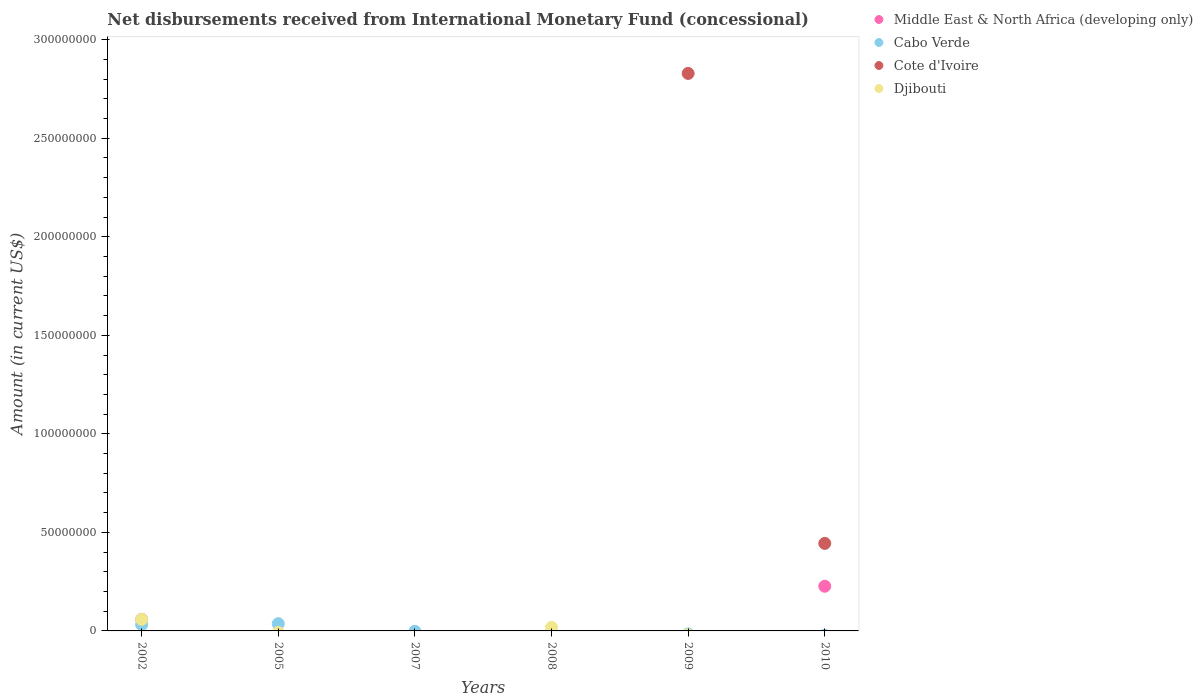
| Years | Middle East & North Africa (developing only) | Cabo Verde | Cote d'Ivoire | Djibouti |
 | --- | --- | --- | --- | --- |
 | 2002 | 5.88e+06 | 3.18e+06 | -1.06e+07 | 5.88e+06 |
 | 2005 | -4.51e+07 | 3.68e+06 | -9.11e+07 | -8.05e+05 |
 | 2007 | -7.59e+07 | -1.88e+05 | -4.69e+07 | -2.78e+06 |
 | 2008 | -5.98e+07 | -7.78e+05 | -4.45e+07 | 1.8e+06 |
 | 2009 | -4.29e+07 | -1.52e+06 | 2.83e+08 | -1.93e+06 |
 | 2010 | 2.27e+07 | -2.26e+06 | 4.44e+07 | -3.33e+06 |